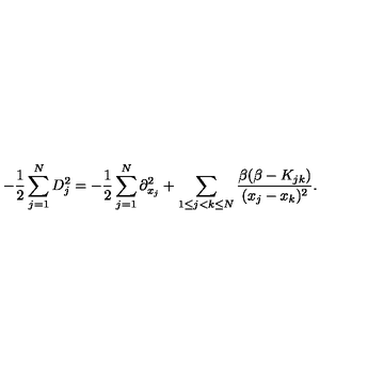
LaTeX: - \frac { 1 } { 2 } \sum _ { j = 1 } ^ { N } D _ { j } ^ { 2 } = - \frac { 1 } { 2 } \sum _ { j = 1 } ^ { N } \partial _ { x _ { j } } ^ { 2 } + \sum _ { 1 \leq j < k \leq N } \frac { \beta ( \beta - K _ { j k } ) } { ( x _ { j } - x _ { k } ) ^ { 2 } } .